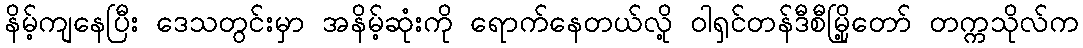
နိမ့်ကျနေပြီး ဒေသတွင်းမှာ အနိမ့်ဆုံးကို ရောက်နေတယ်လို့ ဝါရှင်တန်ဒီစီမြို့တော် တက္ကသိုလ်က